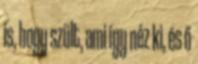
is, hogy szült, ami így néz ki, és ő